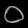
Digit: ၀